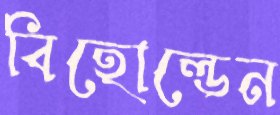
বিহোল্ডেন